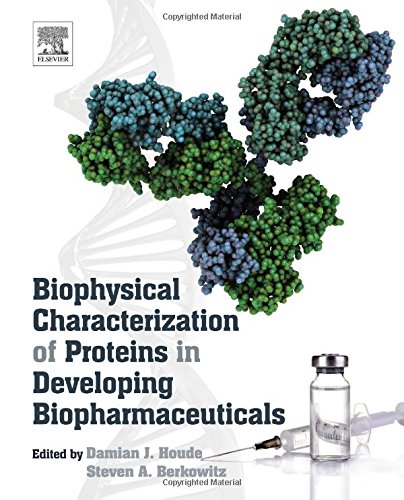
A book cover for Biophysical Characterization of Proteins in Developing Biopharmaceuticals; Medical Books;